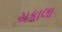
ચકાલા